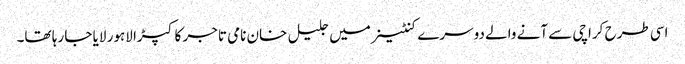
اسی طرح کراچی سے آنے والے دوسرے کنٹینر میں جلیل خان نامی تاجر کا کپڑا لاہور لایا جا رہا تھا۔